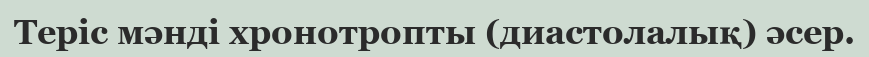
Теріс мəнді хронотропты (диастолалық) əсер.